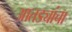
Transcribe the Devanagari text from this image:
आतड्यांचा